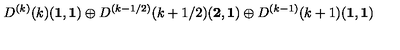
D ^ { ( k ) } ( k ) ( { \bf 1 } , { \bf 1 } ) \oplus D ^ { ( k - 1 / 2 ) } ( k + 1 / 2 ) ( { \bf 2 } , { \bf 1 } ) \oplus D ^ { ( k - 1 ) } ( k + 1 ) ( { \bf 1 } , { \bf 1 } )